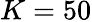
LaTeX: K=50